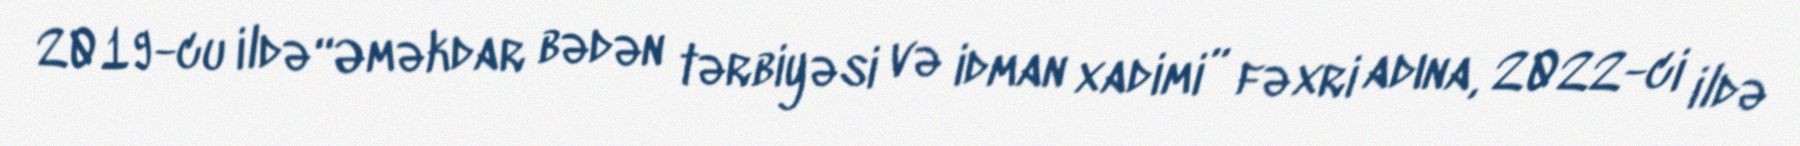
2019-cu ildə “Əməkdar bədən tərbiyəsi və idman xadimi” fəxri adına, 2022-ci ildə